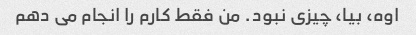
اوه، بیا، چیزی نبود. من فقط کارم را انجام می دهم